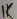
Text: 1K